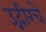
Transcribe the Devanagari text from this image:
उद्गीरचे